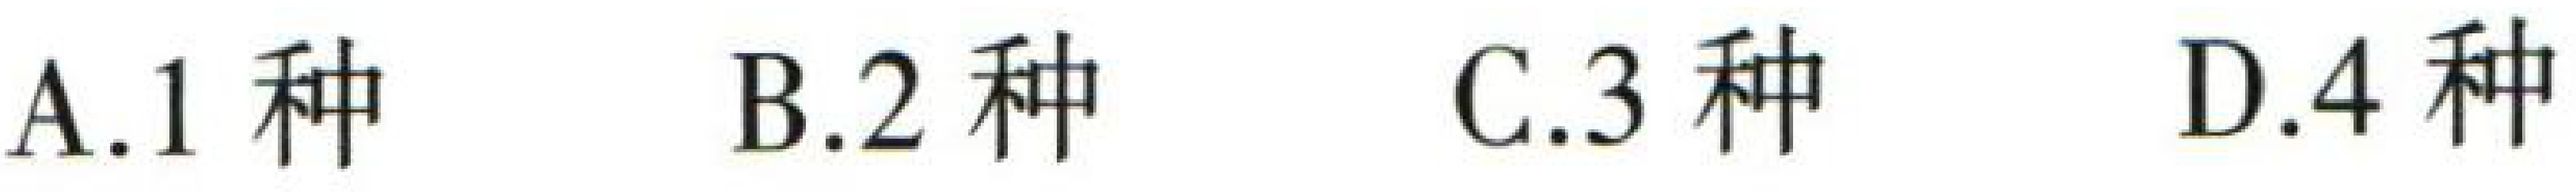
A.1种 B.2种 C.3种 D.4种